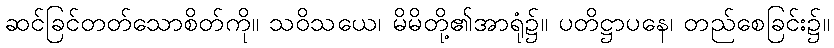
ဆင်ခြင်တတ်သောစိတ်ကို။ သဝိသယေ၊ မိမိတို့၏အာရုံ၌။ ပတိဋ္ဌာပနေ၊ တည်စေခြင်း၌။